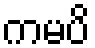
ကမပိ